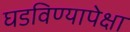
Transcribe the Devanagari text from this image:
घडविण्यापेक्षा